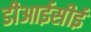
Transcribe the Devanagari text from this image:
डीआईसीई